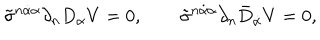
LaTeX: \tilde { \sigma } ^ { n \dot { \alpha } \alpha } \partial _ { n } D _ { \alpha } V = 0 , \qquad \tilde { \sigma } ^ { n \dot { \alpha } \alpha } \partial _ { n } \bar { D } _ { \dot { \alpha } } V = 0 ,